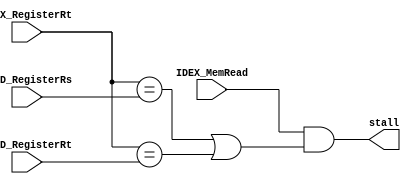
`timescale 1ns / 1ps
module unit_hazard_detection(
	input         IDEX_MemRead,
	input  [4:0]  IDEX_RegisterRt,
	input  [4:0]  IFID_RegisterRs,
	input  [4:0]  IFID_RegisterRt,
	output        stall
);

/* P372
if (ID/EX.MemRead and
((ID/EX.RegisterRt = IF/ID.RegisterRs) or
(ID/EX.RegisterRt = IF/ID.RegisterRt)))
stall the pipeline
*/

assign stall = (IDEX_MemRead==1) && (
	(IDEX_RegisterRt==IFID_RegisterRs)
	|| (IDEX_RegisterRt==IFID_RegisterRt)
);

endmodule